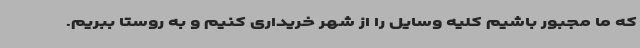
که ما مجبور باشیم کلیه وسایل را از شهر خریداری کنیم و به روستا ببریم.